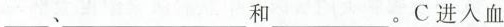
___、___和___。C进入血